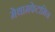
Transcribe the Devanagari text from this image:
मेथामफेटामिन